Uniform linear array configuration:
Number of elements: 48
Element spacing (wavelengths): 0.25
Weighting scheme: uniform
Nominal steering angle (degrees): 15
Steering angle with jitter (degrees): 16.691
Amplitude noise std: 0.05
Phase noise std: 0.05

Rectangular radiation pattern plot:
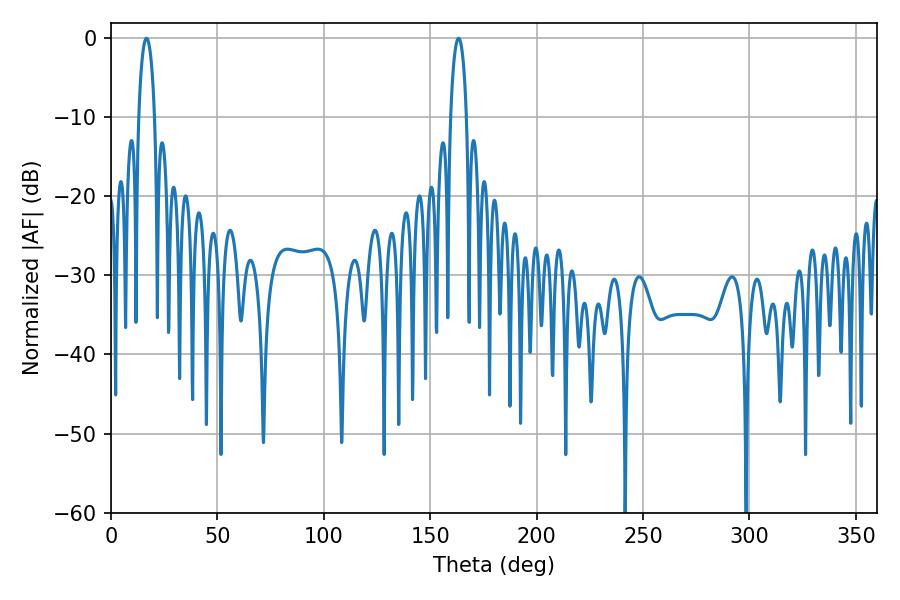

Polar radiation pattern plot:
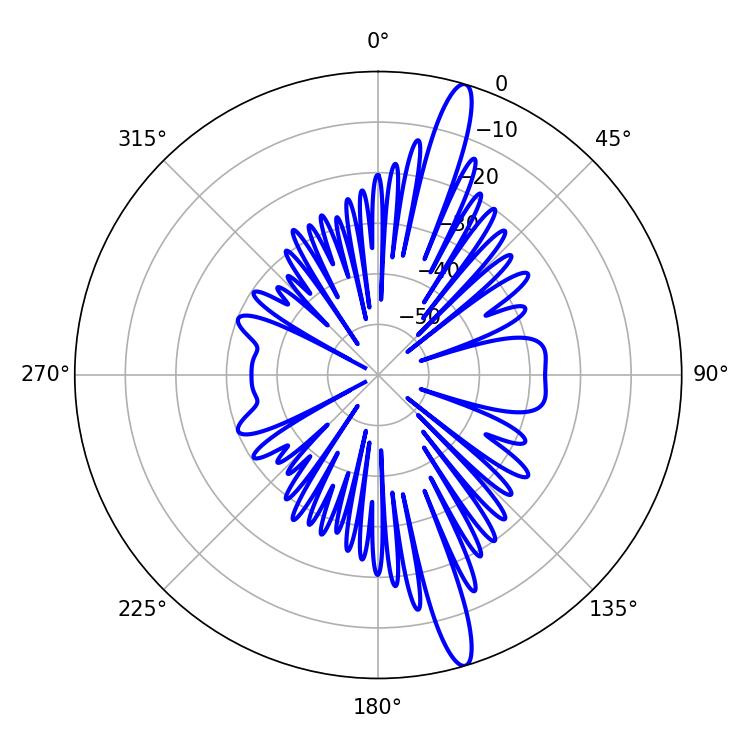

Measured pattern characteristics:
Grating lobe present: FALSE
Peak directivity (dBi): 15.976
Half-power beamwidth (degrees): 4.32
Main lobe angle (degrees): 16.74